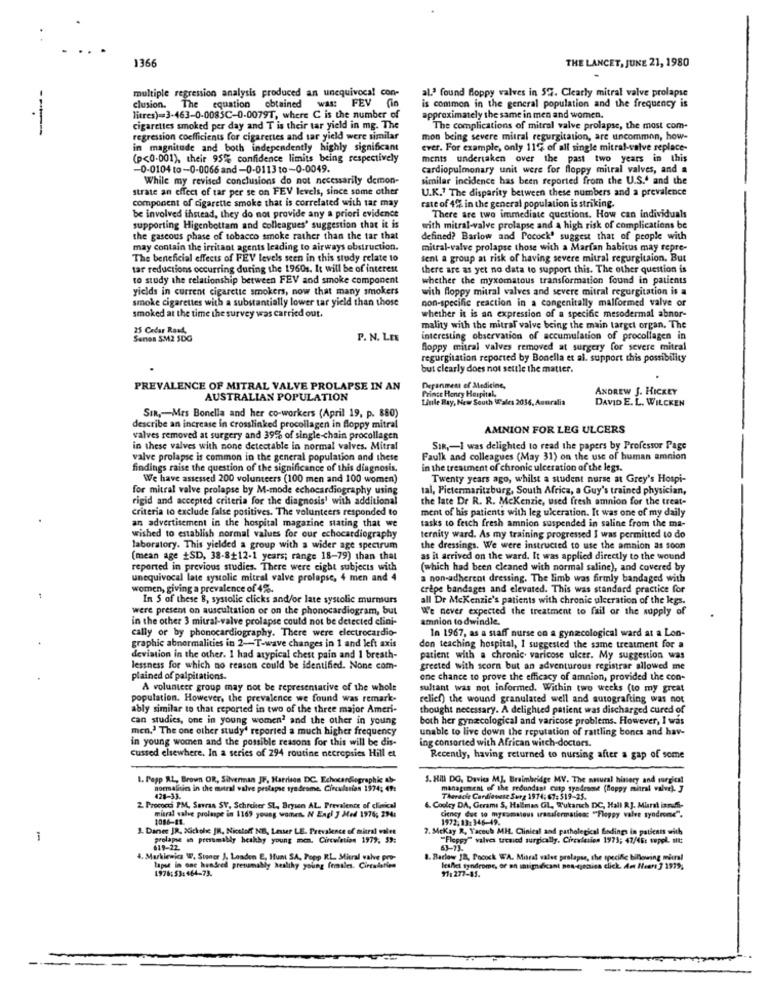
1366
THE LANCET, JUNE 21, 1980
multiple regression analysis produced an unequivoca! con-
al.' found floppy valves in 57. Clearly mitral valve prolapse
clusion. The equation obtained was: FEV
is common in the general population and the frequency is
litres)=3-463-0-0083C-0-0079T, where C is the number of
approximately the same in men and women.
cigarettes smoked per day and T is their tar yield in mg. The
The complications of mitral valve prolapse, the most com-
regression coefficients for cigarettes and tar yield were similar
mon being severe mitral regurgitation, are uncommon, how-
in magnitude and both independently highly significant
ever. For example, only 11% of all single mitral-valve replace-
(p<0-001), their 95%% confidence limits being respectively
ments undertaken over the past two years in this
-0-0104 to-0-0066 and-0-0113 to-0-0049.
cardiopulmonary unit were for floppy mitral valves, and a
While my revised conclusions do not necessarily demon-
similar incidence has been reported from the U.S. and the
strate an effect of tar per se on FEV levels, since some other
U.K." The disparity between these numbers and a prevalence
component of cigarette smoke that is correlated with tar may
rate of 4% in the general population is striking.
be involved instead, they do not provide any a priori evidence
There are two immediate questions. How can individuals
supporting Higenbottam and colleagues' suggestion that it is
with mitral-valve prolapse and a high risk of complications be
the gascous phase of tobacco smoke rather than the tar that
defined? Barlow and Pocock' suggest that of people with
may contain the irritant agents leading to airways obstruction.
mitral-valve prolapse those with a Marfan habitus may repre-
The beneficial effects of FEV levels seen in this study relate to
sent a group at risk of having severe mitral regurgitaion. But
tar reductions occurring during the 1960s. It will be of interest
there are as yet no data to support this. The other question is
to study the relationship between FEV and smoke component
whether the myxomatous transformation found in patients
yields in current cigarette smokers, now that many smokers
with floppy mitral valves and severe mitral regurgitation is a
smoke cigarettes with a substantially lower tar yield than those
non-specific reaction in a congenitally malformed valve or
smoked at the time the survey was carried out.
whether it is an expression of a specific mesodermal abnor-
25 Cedar Raad,
mality with the mitral valve being the main target organ. The
Senen SM2 SDG
P. N. LE
interesting observation of accumulation of procollagen in
floppy mitral valves removed at surgery for severe mitral
regurgitation reported by Bonella et al. support this possibility
but clearly does not settle the matter.
PREVALENCE OF MITRAL VALVE PROLAPSE IN AN
Prince Honey Hospital,
Department of Medicine,
ANDREW J. HICKEY
AUSTRALIAN POPULATION
Linle Ray, New South Wales 2036, Aouralia
DAVID E. L. WILCKEN
SIR ,- Mrs Bonella and her co-workers (April 19, p. 880)
describe an increase in crosslinked procollagen in floppy mitral
AMNION FOR LEG ULCERS
valves removed at surgery and 39% of single-chain procollagen
in these valves with none detectable in normal valves. Mitral
SIR ,- I was delighted to read the papers by Professor Page
valve prolapsc is common in the general population and these
Faulk and colleagues (May 31) on the use of human amnion
findings raise the question of the significance of this diagnosis.
in the treatment of chronic ulceration of the legs.
We have assessed 200 volunteers (100 men and 100 women)
Twenty years ago, whilst a student nurse at Grey's Hospi-
for mitral valve prolapse by M-mode echocardiography using
tal, Pietermaritzburg, South Africa, a Guy's trained physician,
rigid and accepted criteria for the diagnosis' with additional
the late Dr R. R. Mckenzie, used fresh amnion for the treat-
criteria to exclude false positives. The volunteers responded to
ment of his patients with leg ulceration. It was one of my daily
an advertisement in the hospital magazine stating that we
tasks to fetch fresh amnion suspended in saline from the ma-
wished to establish normal values for our echocardiography
ternity ward. As my training progressed I was permitted to do
laboratory. This yielded a group with a wider age spectrum
the dressings. We were instructed to use the amnion as soon
(mean age +SD, 38-8+12-1 years; range 18-79) than that
as it arrived on the ward. It was applied directly to the wound
reported in previous studies. There were cight subjects with
(which had been cleaned with normal saline), and covered by
unequivocal late systolic mitral valve prolapse, 4 men and 4
a non-adherent dressing. The limb was firmly bandaged with
women, giving a prevalence of 4%.
crepe bandages and elevated. This was standard practice for
In S of these 8, systolic clicks and/or late systolic murmurs
all De Mckenzie's patients with chronic ulceration of the legs.
were present on auscultation or on the phonocardiogram, but
We never expected the treatment to fail or the supply of
in the other 3 mitral-valve prolapse could not be detected clini-
amnion to dwindle.
cally or by phonecardiography. There were electrocardio-
In 1967, as a staff nurse on a gynecological ward at a Lon-
graphic abnormalities in 2 -- T-wave changes in 1 and left axis
don teaching hospital, I suggested the same treatment for a
deviation in the other. I had atypical chest pain and 1 breath-
patient with a chronic varicose ulcer. My suggestion was
lessness for which no reason could be identified. None com-
greeted with scorn but an adventurous registrar allowed me
plained of palpitations.
one chance to prove the efficacy of amnion, provided the con-
A volunteer group may not be representative of the whole
sultant was not informed. Within two weeks (to my great
population. However, the prevalence we found was remark-
relief) the wound granulated well and autografting was not
ably similar to that reported in two of the three major Ameri-
thought necessary. A delighted patient was discharged cured of
can studies, one in young women' and the other in young
both her gynaecological and varicose problems. However, I was
men.' The one other study' reported a much higher frequency
unable to live down the reputation of rattling bones and hav-
in young women and the possible reasons for this will be dis
ing consorted with African witch-doctors.
cussed elsewhere. In a series of 294 routine necropsies Hill et
Recently, having returned to nursing after a gap of some
1. Papp R.L. Brown OR, Silverman JF, Harrison DC. Echocardiographic &b-
S. HIL DG. Davies MJ. Braimbridge MV. The natural history and surgical
normalities in the mitral valve prolapse syndrome. Circulation 1974; 49:
management of the redundant cusp syndesent (floppy mitral valve). ]
428-33.
Therace Cardiosuse Surg 1974; 67: 519-25.
2 Prococci PM, Surran SY, Schreiter SL, Brysen AL. Prevalente of clinical
6. Coolcy DA, Gerami S, Hallman GL, Tukarsch DC, Hall R.J. Mural iamuff-
1086-41.
mitral valve prolaspe in 1169 young women. N Engl J Med 1976; 294
Ciency due to mysamstous transformaties: ""Floppy valve syndrome".
1972,13:346-49.
3. Danee JR. Xickole JR, Nicetoff NI, Lesser LE. Prevalence of mitral valve
7. Mckay R, Yacoub MH. Clinical and pathological Endings in patients with
i
prolapse an presumably healthy young men. Circulation 1979, 59:
"Flepsy" valves tresied surgically. Circulation 1973; 47/46: suppl. mit:
1. Markiewicz W. Stoner J. Loaden E, Hum SA, Popp RL Mitral valve pro-
1. Barlow J8, Pocock WA. Mitral valve prolapse, the specific billowing mitral
tapet in one hundred presumably healthy young females. Circularien
1978: 53:464-73.
lesfilet syndrome, or an saignekant non-decisa click. Am Heers 3 1979;
97:277-45.